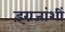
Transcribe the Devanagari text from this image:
इंग्रजांशीं